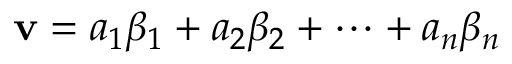
\mathbf { v } = a _ { 1 } \beta _ { 1 } + a _ { 2 } \beta _ { 2 } + \cdots + a _ { n } \beta _ { n }